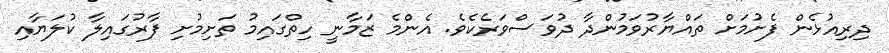
ދިރިއުޅެން ފެށުމަށް ތައްޔާރުވަމުންދާ ދުވަސްވަރެކެވެ. އެންމެ ޒަމާނީ ހިތްގައިމު ތަށިމުށި ފާރުގައިލާ ކުލަޔާއި